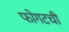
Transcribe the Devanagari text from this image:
फोगटची